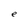
Character: e